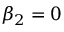
{ \beta _ { 2 } } = 0